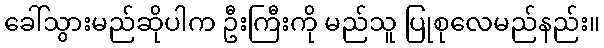
ခေါ်သွားမည်ဆိုပါက ဦးကြီးကို မည်သူ ပြုစုလေမည်နည်း။